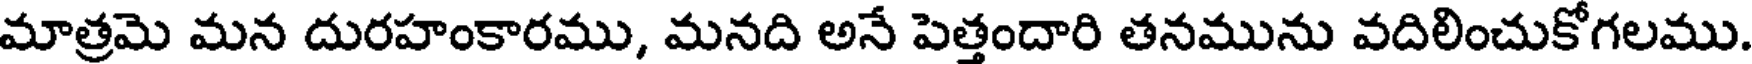
మాత్రమె మన దురహంకారము, మనది అనే పెత్తందారి తనమును వదిలించుకోగలము.